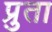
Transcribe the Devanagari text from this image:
प्रुता